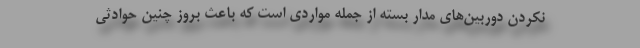
نکردن دوربین‌های مدار بسته از جمله مواردی است که باعث بروز چنین حوادثی